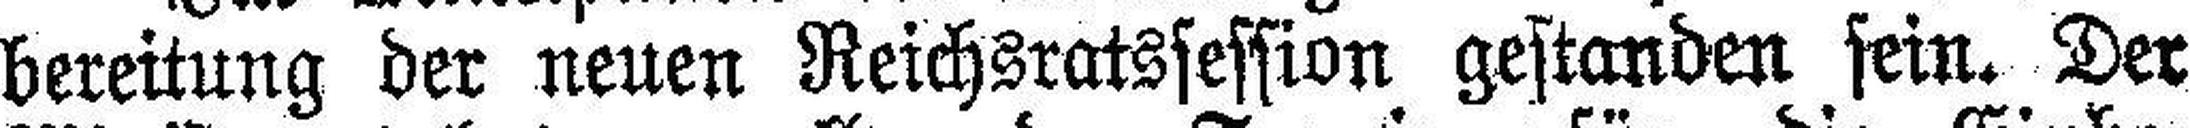
bereitung der neuen Reichsratssession gestanden sein. Der